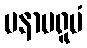
မနာပရူပံ